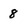
Character: 8